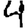
Digit: 4